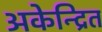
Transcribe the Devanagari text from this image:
अकेन्द्रित